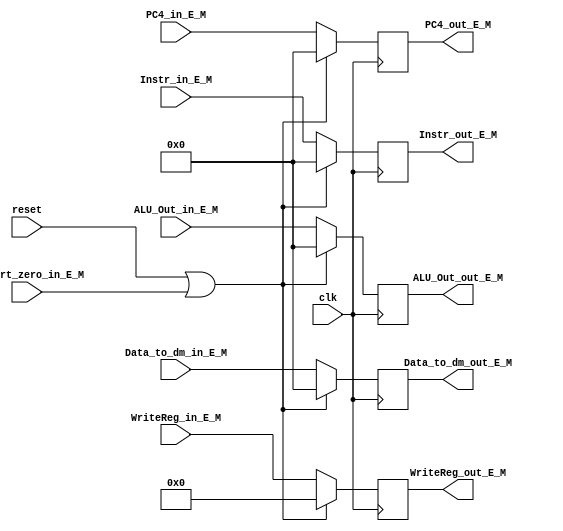
`timescale 1ns / 1ps
//////////////////////////////////////////////////////////////////////////////////
// Company: 
// Engineer: 
// 
// Design Name: 
// Module Name:    E_M 
// Project Name: 
// Target Devices: 
// Tool versions: 
// Description: 
//
// Dependencies: 
//
// Revision: 
// Revision 0.01 - File Created
// Additional Comments: 
//
//////////////////////////////////////////////////////////////////////////////////
module E_M(
    input [31:0] ALU_Out_in_E_M,
    input [31:0] Data_to_dm_in_E_M,
    input [4:0] WriteReg_in_E_M,
    input [31:0] Instr_in_E_M,
	 input movz_rt_zero_in_E_M,
    input clk,
    input reset,
	 input [31:0] PC4_in_E_M,
    output reg [31:0] ALU_Out_out_E_M,
    output reg [31:0] Data_to_dm_out_E_M,
    output reg [4:0] WriteReg_out_E_M,
    output reg [31:0] Instr_out_E_M,
    output reg [31:0] PC4_out_E_M
    );

	always@(posedge clk)begin
		if(reset || movz_rt_zero_in_E_M)begin
			ALU_Out_out_E_M = 0;
			Data_to_dm_out_E_M = 0;
			WriteReg_out_E_M = 0;
			Instr_out_E_M = 0;
			PC4_out_E_M = 0;
		end
		else begin
			ALU_Out_out_E_M = ALU_Out_in_E_M;
			Data_to_dm_out_E_M = Data_to_dm_in_E_M;
			WriteReg_out_E_M = WriteReg_in_E_M;
			Instr_out_E_M = Instr_in_E_M;
			PC4_out_E_M = PC4_in_E_M;
		end
	end

endmodule